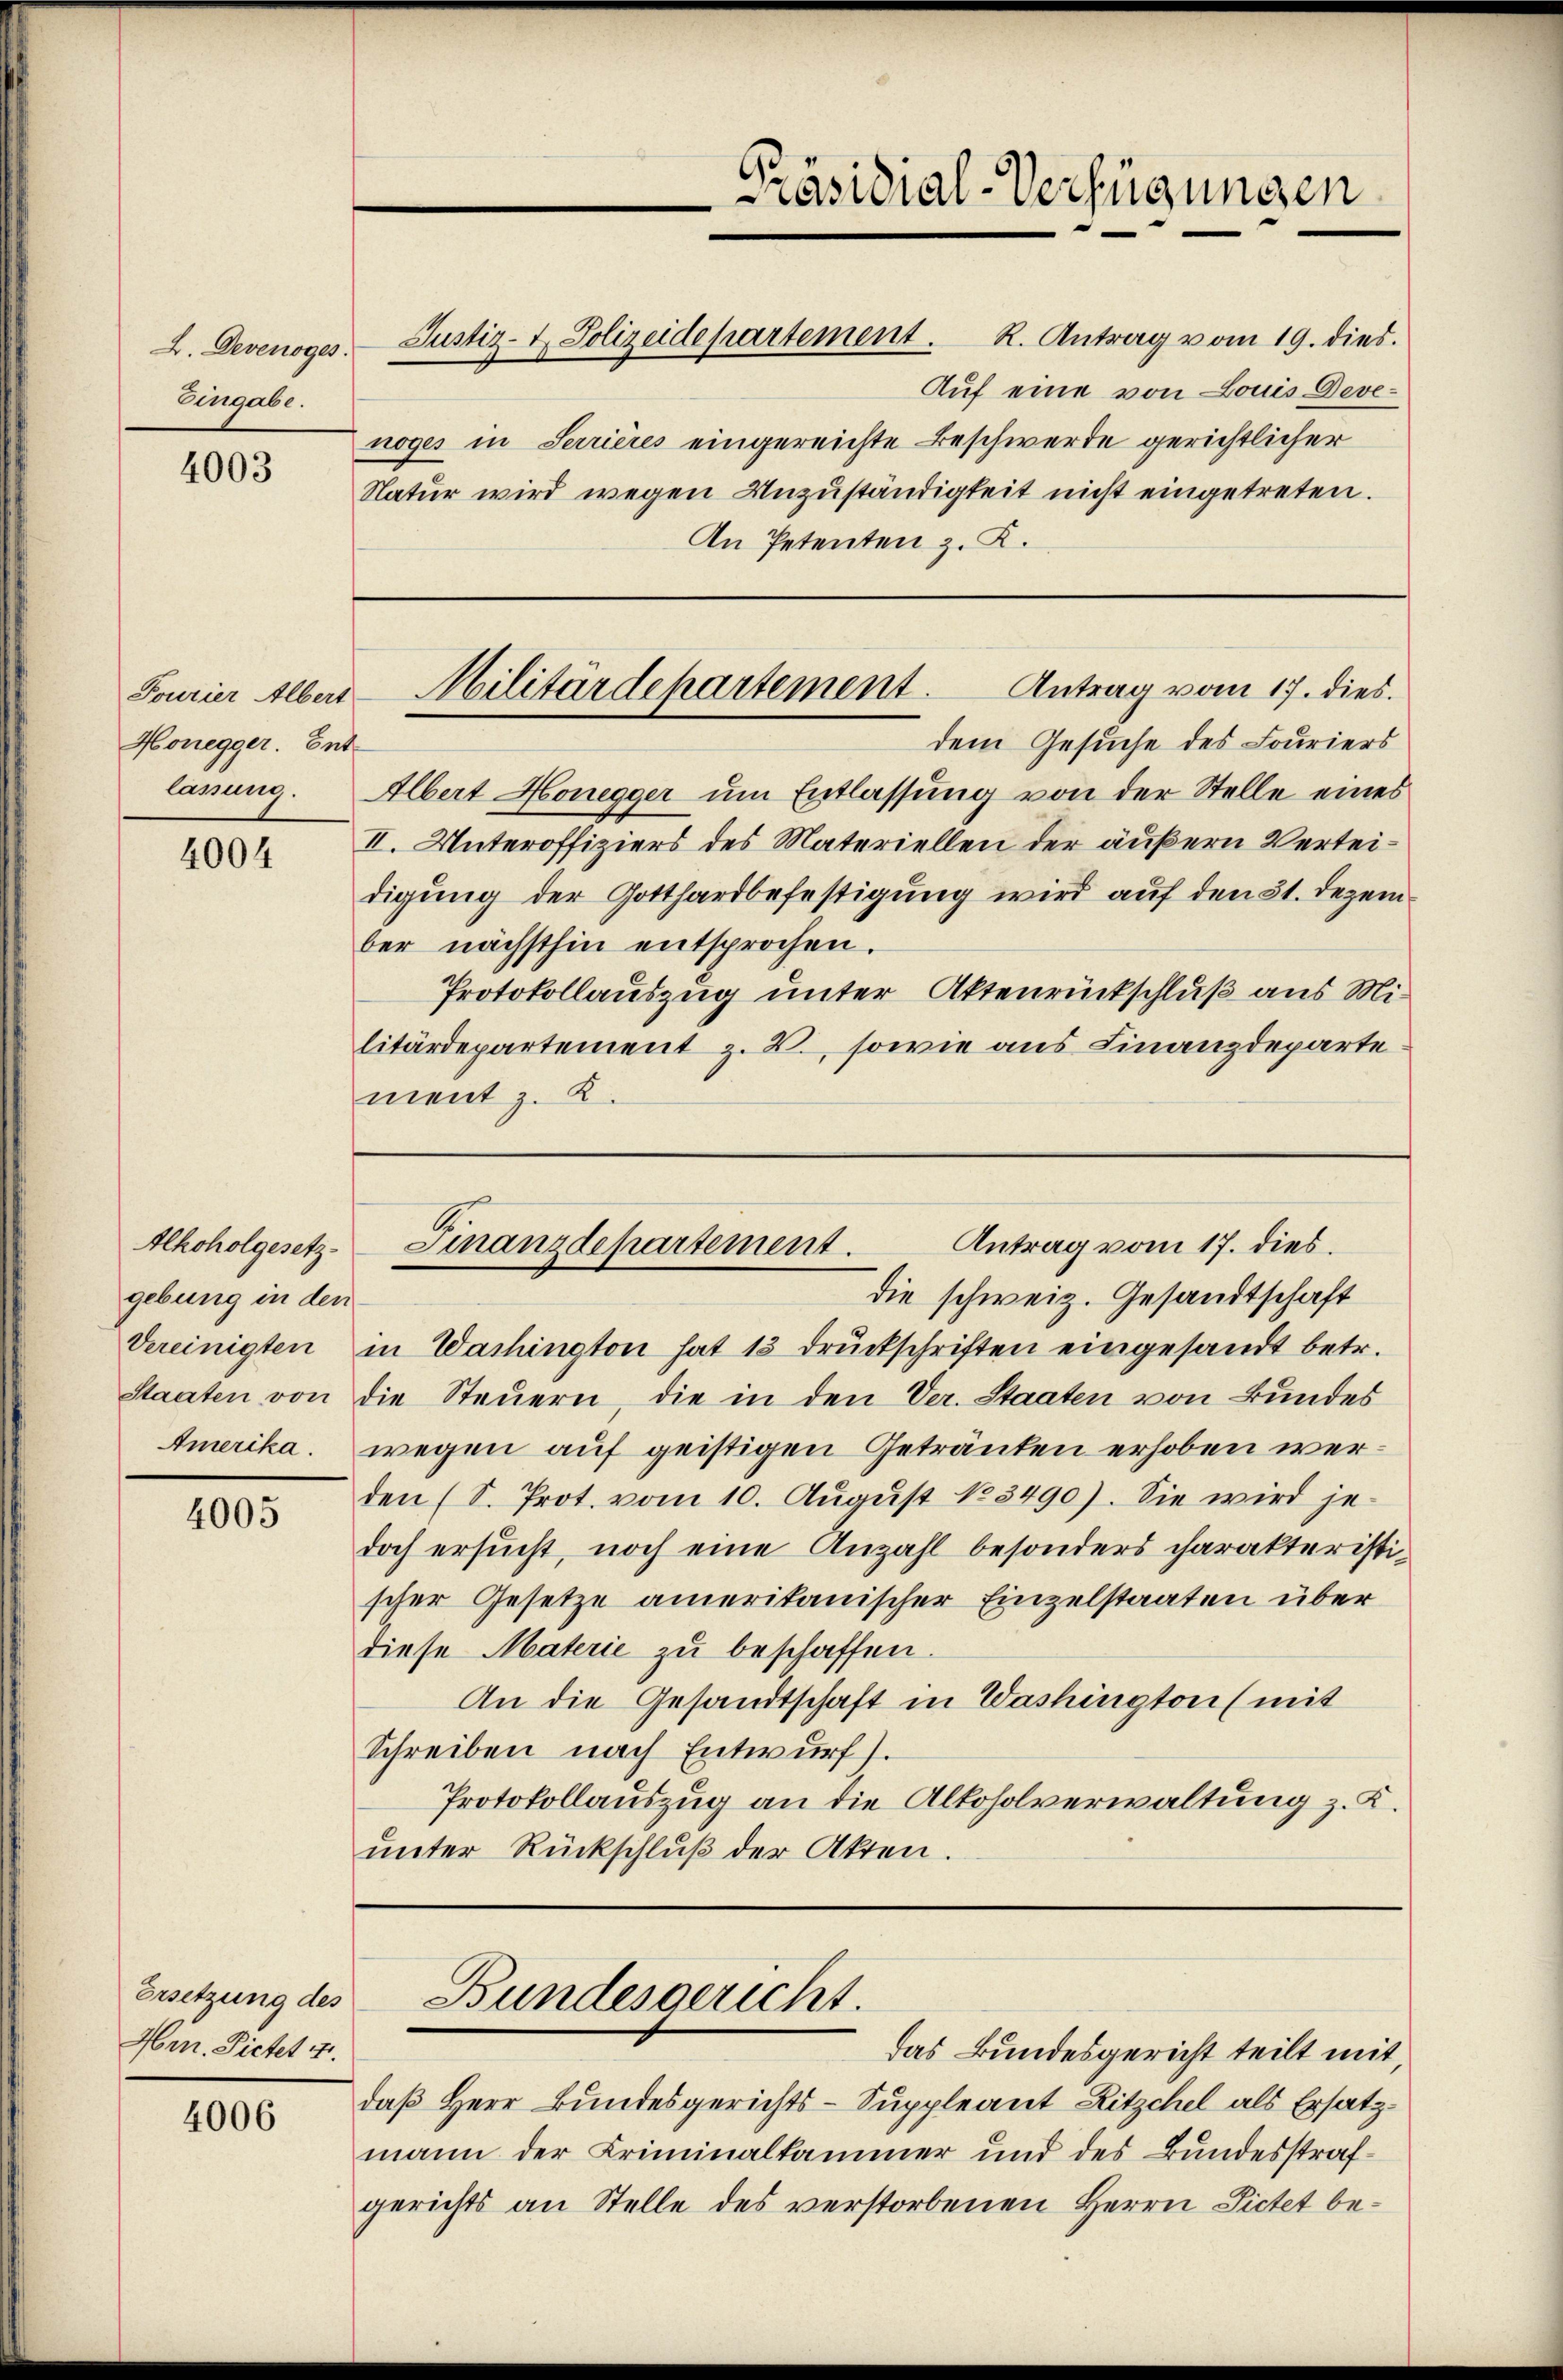
L. Devenoges.
Eingabe.

4003

Honegger. Ent-
lasung.

4004

gebung in den
Amerika.

4005

Ersetzung des
Hrn. Pietet 4.

4006

Justiz- & Polizeidepartement. R. Antrag vom 19. dies.
Auf eine von Louis-Devenoges in Serrières eingereichte Beschwerde gerichtlicher
Natur wird wegen Unzuständigkeit nicht eingetreten.
An Petenten z. K.

Antrag vom 17. dies.
Fourier Alber-Militärdepartement.

dem Gesuche des Louriers
Albert Honegger um Entlassung von der Stelle eines
II. Unteroffiziers des Materiellen der äußern Verteidigung der Gotthardbefestigung wird auf den 31. Dezember nächsthin entsprochen.
Protokollauszug unter Aktenrückschluß aus Militärdepartement z. B., sowie aus Finanzdeparte
ment z. K.

Antrag vom 17. dies.
Alkoholgesetz- Finanzdepartement.

die schweiz. Gesandtschaft
Vereinigten in Washington hat 13 Drückschriften eingesandt betr.
Staaten von die Steŭern, die in den Ver. Staaten von Bundes
wegen auf geistigen Getränken erhoben werden (S. Prot. vom 10. August 183490). Sie wird je
doch ersucht, noch eine Anzahl besonders charakteristischer Gesetze amerikanischer Einzelstaaten über
diese Materie zu beschaffen.
An die Gesandtschaft in Washington (mit
Schreiben nach Entwurf.
Protokollauszug an die Alkoholverwaltung z. K.
unter Rückschluß der Akten.

Bundesgericht.

Präsidial-Verfügungen

das Bundesgericht teilt mit,
daß Herr Bundesgerichts-Suppleant Ritzchel als Ersatzmann der Kriminalkammer und des Bundesstrafgerichts an Stelle des verstorbenen Herrn Pictet be¬